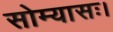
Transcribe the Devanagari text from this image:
सोम्यासः।